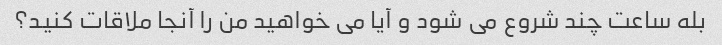
بله ساعت چند شروع می شود و آیا می خواهید من را آنجا ملاقات کنید؟